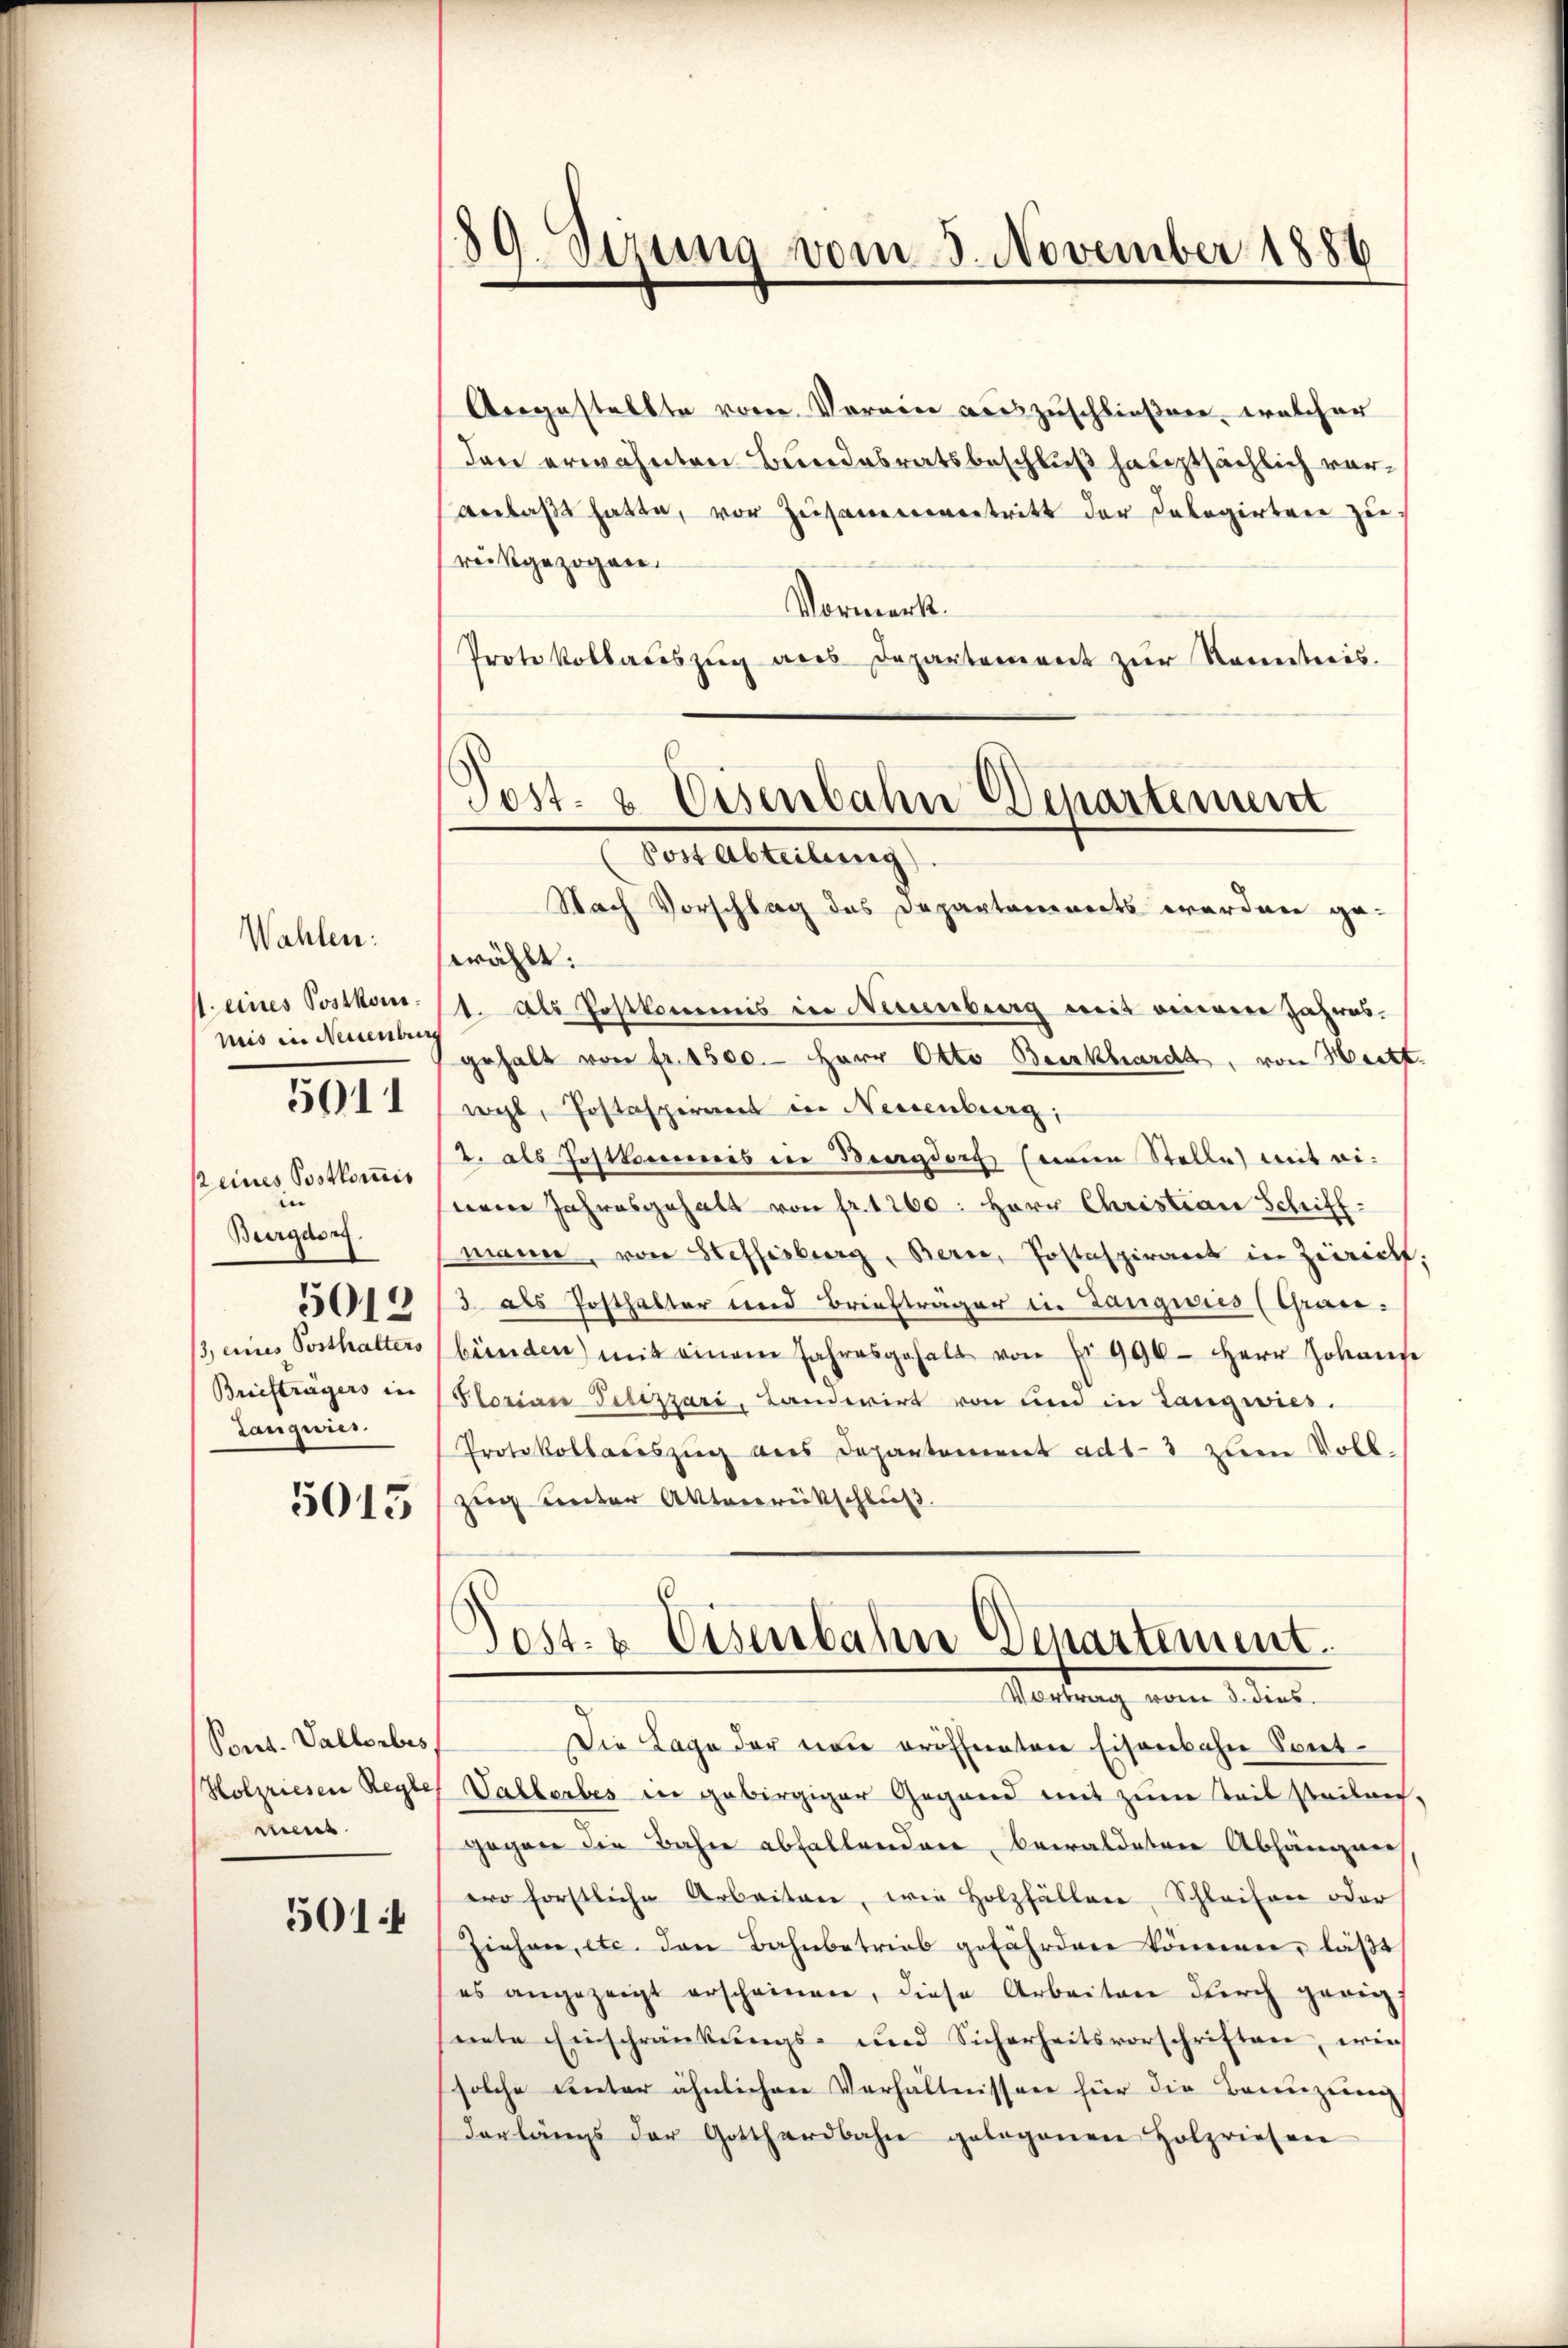
Wahlen:
mis in Neuenburg

5011

peines Postkomis
e
Burgdor
Briefträgers in
Langnis.

5015

Ponet. Vallerbes
Holzriesen Regle
me

501

Nach Vorschlag des Departanenerts erordnen ge-
swählt:
J. eines Postkom (1. Als Postkommis in Neuenburg mit einem Jahresgehalt von fr. 1500. Herr Otto Beerkhardt, von Heitt.
wyl, Postaspirant in Neuenburg,
2. als Jostkommis in Burgdorf sein Stelle mit eisieren Jahresgehalt von fr. 1260: Herr Christian Schiffmann, von Steffisburg, Bern, Postaspirant in Züricht,
55011/3. als Posthalter und Briefträger in Langwies (Grau¬
/3, eines Posthalters (bünden) mit einem Jahresgehalt von Fr. 996 Herr Johans
Florian Pelizzari, Landerirt von und in Langwies.
Protokollaceszŭg ans Departement ad 13 zum Voll-
zeg unter Aktenrückschluß.

¬
59. Sirung vom 5. November 1886

Angestellte vom Vorein auszuschließen, welcher
den erwähnten Bundesratsbeschluß hauptsächlich vor¬
Anlaßt hatte, vor Zusammenentritt der Delegirten zu
reisgezogen.
Vormerk.
Protokollaceszug aus Departement zur Kenntnis.
Post- & Eisenbahn Departement

(Post Abteilung).

Post. & Eisenbahn Departement.
Vortrag vom 3. dies

Die Lage der neu eröffneten Eisenbahn Sont¬
" Vallerbes in gebirgiger Gegend mit zum Teil steilen,
gegen die Bahne abfallenden bewaldeten Abhängni
ero forstliche Arbeiten, wie Holzfällen Schleifen oder
Ziehen, etc. den Bahnbetrieb gefährden kömmerer, läßt
es angezeigt erscheinen, diese Arbeiten dŭrch gerig
nete Einschränkungs- und Sicherheitsvorschriften, wie
solche unter ähnlichen Verhältnissen für die Brunzung
derlängs der Gotthardbahn gelegenen Holzriesen